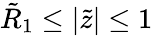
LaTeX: \tilde{R}_{1}\leq|\tilde{z}|\leq 1